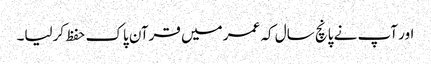
اور آپ نے پانچ سال کہ عمر میں قرآن پاک حفظ کرلیا۔